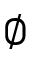
\emptyset